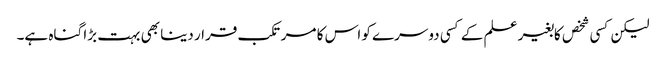
لیکن کسی شخص کابغیر علم کے کسی دوسرے کو اس کا مرتکب قرار دینا بھی بہت بڑا گناہ ہے۔